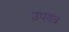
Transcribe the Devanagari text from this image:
उपयंत्र